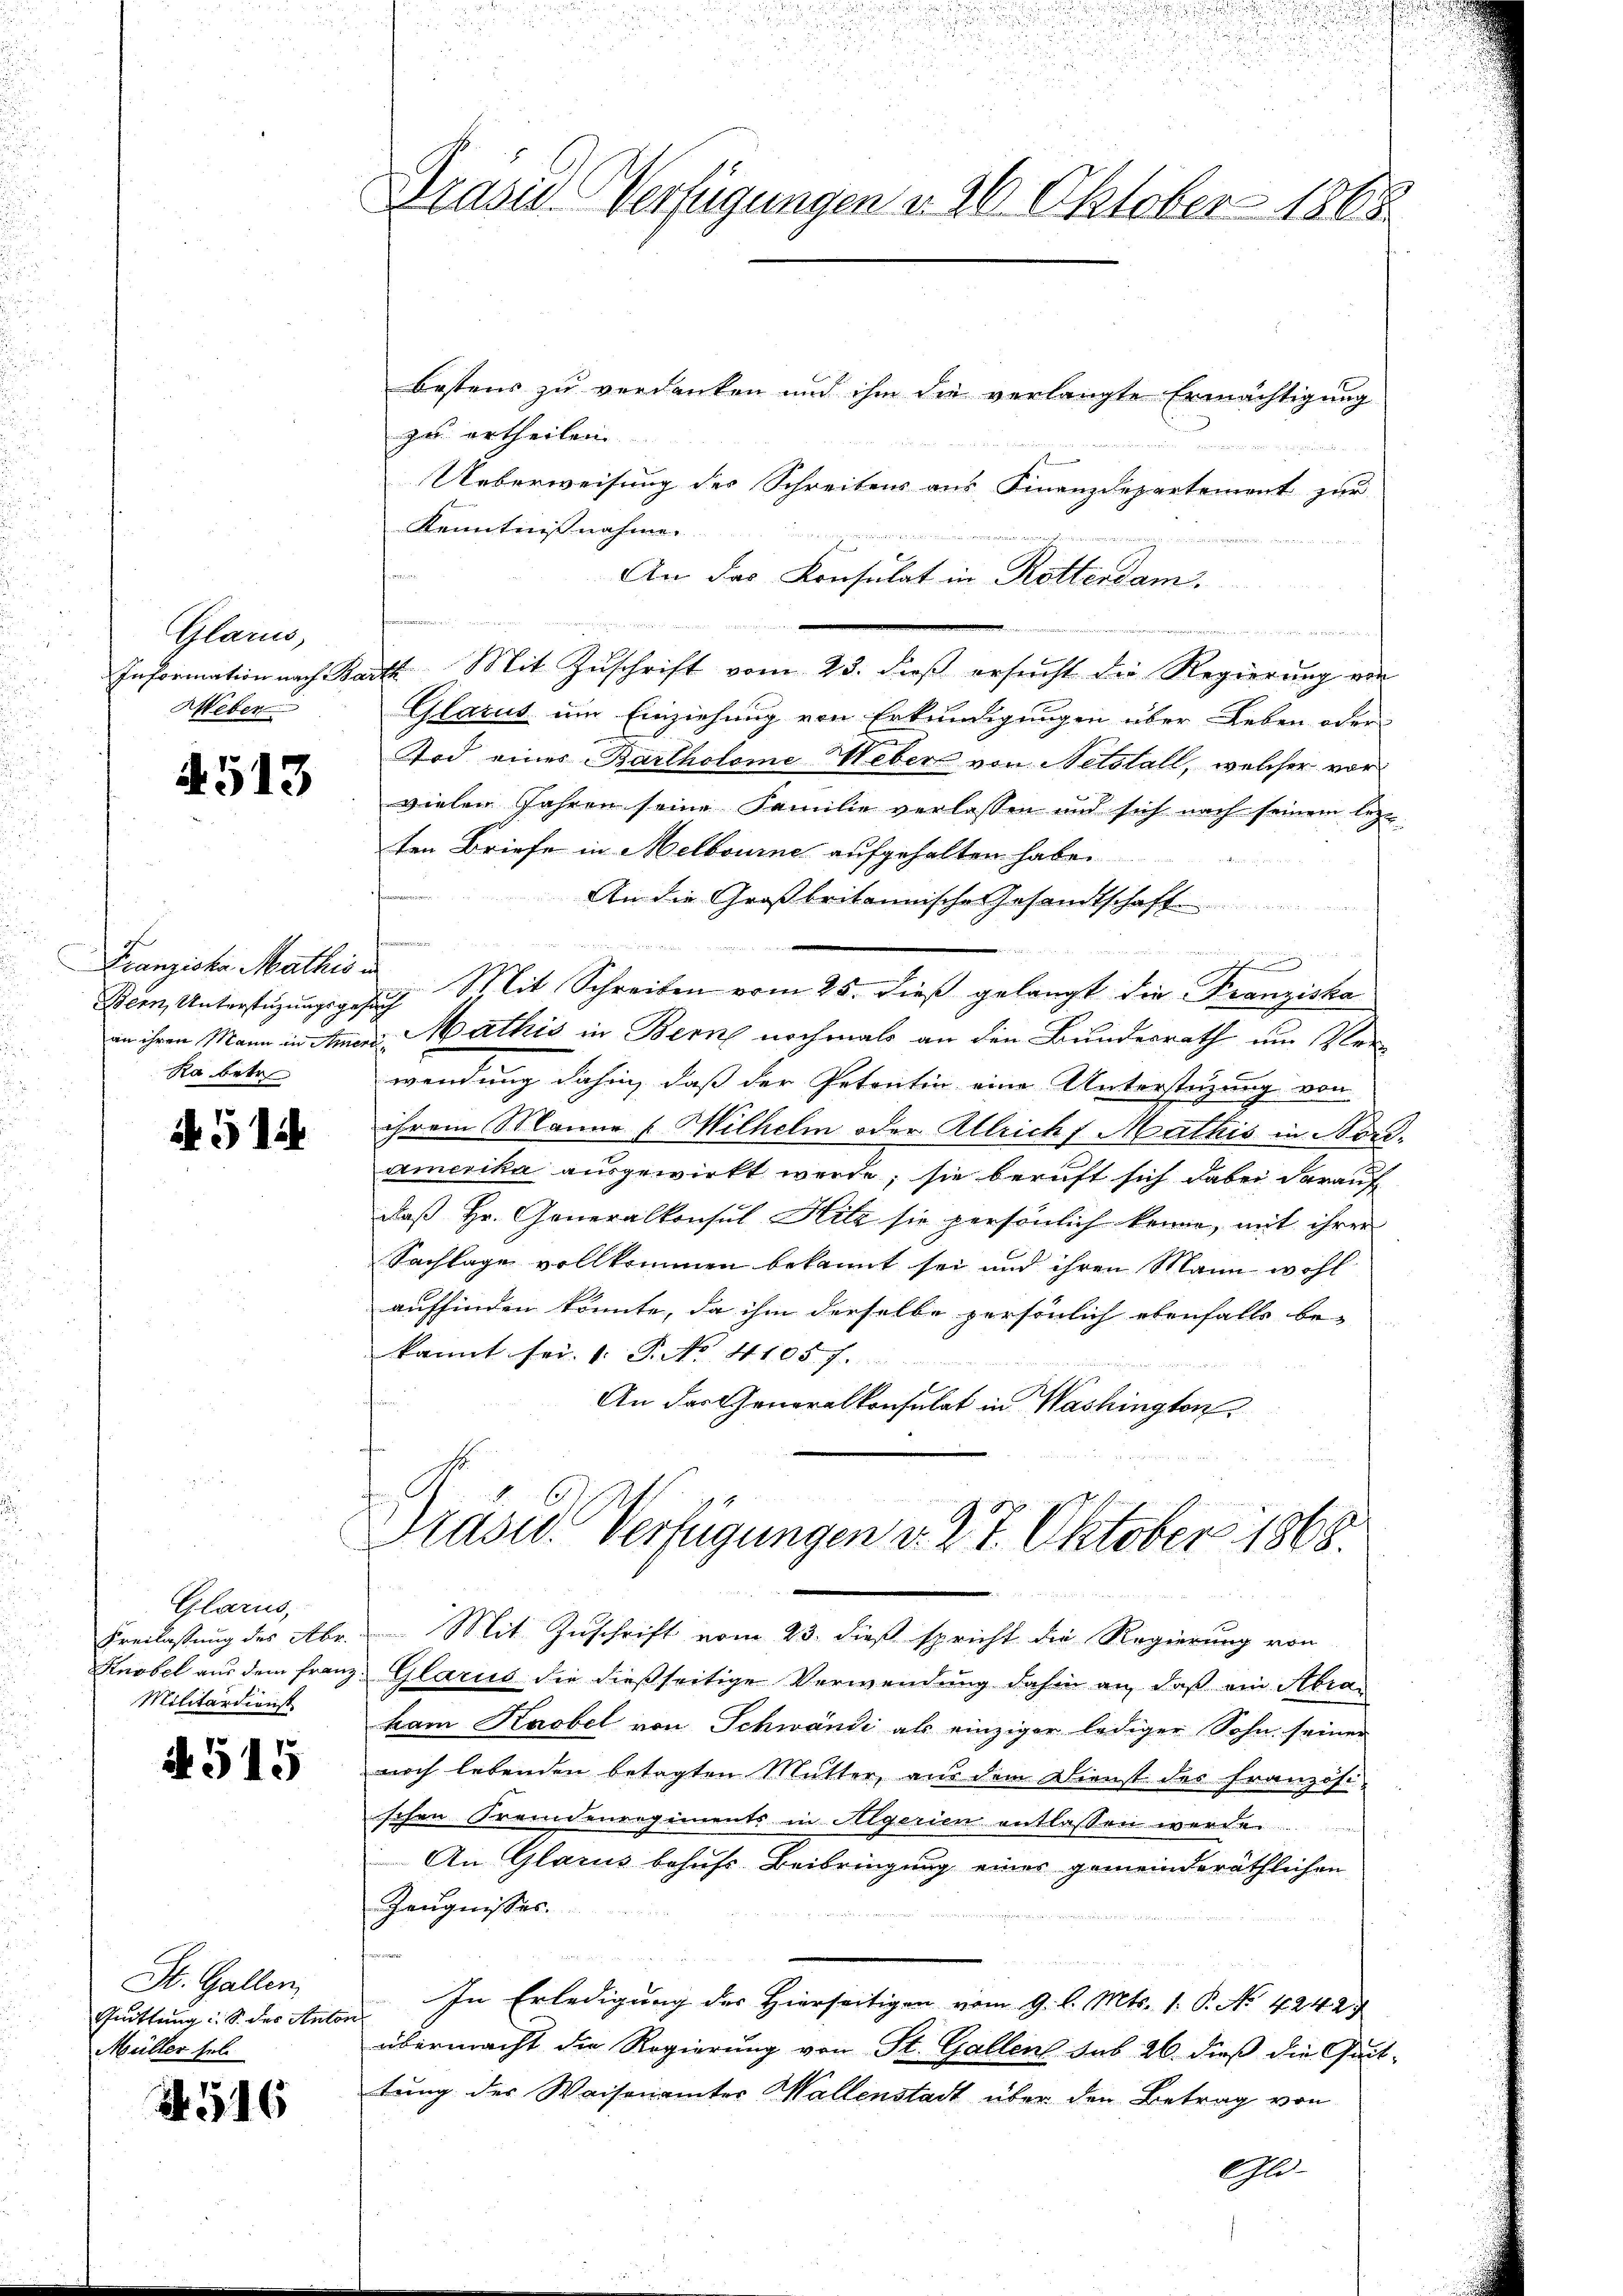
Glarus,
Heber

4513

Franziska Mathis
Ra. betr.

5Ich

Glarus,
Freilassung des Abr.
Knobel aus dem Fran¬
Militärdienst

N. 515

St. Gallen,
Quittung : S. des Anton
Müller sel

A.516

Prasid Verfügungen d. 26. Oktober 1865.

bestens zu verdanken und ihm die verlangte Ermächtigung
zu ertheilen.
n
Ueberweisung des Schreibens aus Finanzdepartement zur
Kenntnißnahme
An der Konsulat in Rotterdam.
Information nach Barte Mit Zuschrift vom 23. Fuß ersucht die Regierung von
Glarus um Einziehung von Erkundigungen über Leben oder
Tod eines Bartholome Weber von Netstall, welcher vor
vielen Jahren seine Familie verlassen und sich nach seinem lezt
ten Briefe in Melbourne aufgehalten habe.
An die Großbritannische Gesandtschaft
h
Bern, Unterstützungsgesich Mit Schreiben vom 25. dieß gelangt die Franziska
an ihren Mann in Amen. Mathis in Bern nochmals an den Bundesrath um Ver
wendung dahin, daß der Petentin eine Unterstüzung von
ihrem Manne (Wilhelm oder Allricht Mathis in Nordamerika ausgewirkt werde; sie beruft sich dabei darauf
daß Hr. Generalkonsul Hitz sie persönlich könne, mit ihrer
Sachlage vollkommen bekannt sei und ihren Mann wohl
auffinden könnte, da ihm derselbe persönlich ebenfalls be-
kannt sei. 1. P. No. 4105 f.
An der Generalkonsulat in Washingten,
Präser Verfügungen v. 27. Oktober 1868.
e
Mit Zuschrift vom 23. dieß spricht die Regierung von
Glarus die dießseitige Verwendung dahin an, daß ein Abrai
ham Knobel von Schwände als einziger lediger Sohn seiner
noch lebenden betagten Mutter, aus dem Dienst des Französi-
schen Fremdenregiments in Algerien entlassen werde.
An Glarus behufs Beibringung eines gemeinderäthlichen
Zeugnisses.
a
In Erledigung der Hierseitigen vom 9. l. Mts. 1. P. No 424 25
übermacht die Regierung von St. Gallen sub 26. dieß die Quit-
tung der Waisenamter Wallenstadt über den Betrag von
Oster